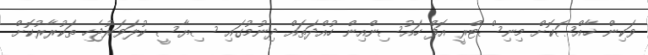
ވަކިން ޚާއްޞަކޮށް މިނިސްޓްރީ އޮފް ހައުސިންއިން ހުއްދަތައް ދިނުމުގައި ސިޔާސީ ކުލަވަރުޖެހި ތަކުރާރުކޮށް